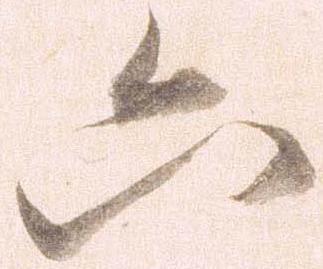
六